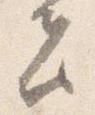
者